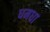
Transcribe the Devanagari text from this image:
धमधा